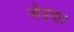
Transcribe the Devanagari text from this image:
जोड़दार